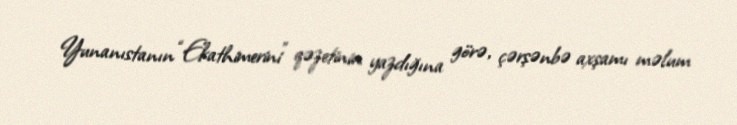
Yunanıstanın “Ekathimerini” qəzetinin yazdığına görə, çərşənbə axşamı məlum